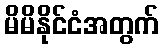
မိမိနိုင်ငံအတွက်